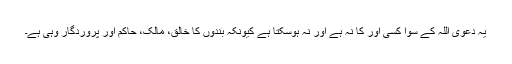
یہ دعویٰ اللہ کے سوا کسی اور کا نہ ہے اور نہ ہوسکتا ہے کیونکہ بندوں کا خالق، مالک، حاکم اور پروردگار وہی ہے۔